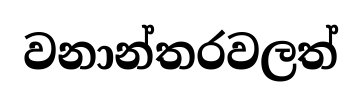
වනාන්තරවලත්